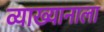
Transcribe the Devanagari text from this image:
व्याख्यानाला